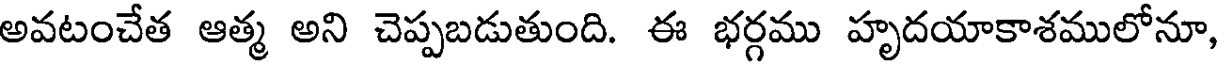
అవటంచేత ఆత్మ అని చెప్పబడుతుంది. ఈ భర్గము హృదయాకాశములోనూ,